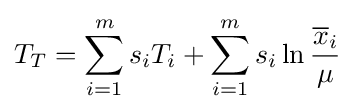
T_{T}=\sum _{i=1}^{m}s_{i}T_{i}+\sum _{i=1}^{m}s_{i}\ln {\frac {{\overline {x}}_{i}}{\mu }}